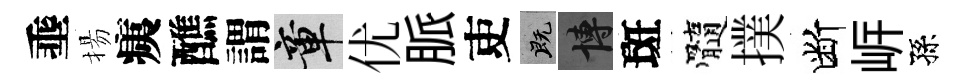
埀揚痍醮謂章优脈吏既博斑髓撲断㟁孫